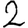
Digit: 2